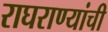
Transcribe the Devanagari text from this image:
राघराण्यांची